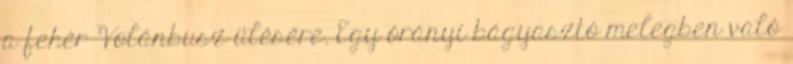
a fehér Volánbusz ülésére. Egy órányi bágyasztó melegben való